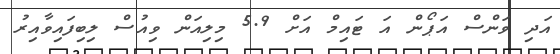
އަދި ވަންސް އަޕޯން އަ ޓައިމް އަށް 5.9 މިލިއަން ވިއުސް ލިބިފައިވާއިރު